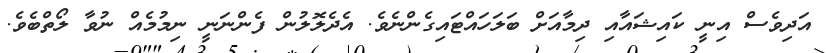
އަދިވެސް އިނީ ކައިޝައާއި ދިމާއަށް ބަލަހައްޓައިގެންނެވެ. އެދެލޮލުން ފެންނަނީ ނިމުމެއް ނުވާ ލޯތްބެވެ.